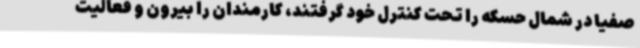
صفیا در شمال حسکه را تحت کنترل خود گرفتند،‌ کارمندان را بیرون و فعالیت